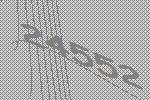
24552